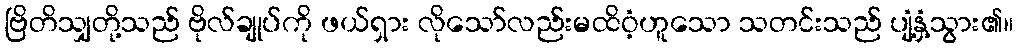
ဗြိတိသျှတို့သည် ဗိုလ်ချုပ်ကို ဖယ်ရှား လိုသော်လည်းမထိဝံ့ဟူသော သတင်းသည် ပျံ့နှံ့သွား၏။